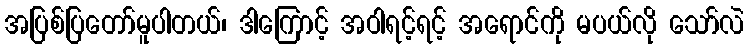
အပြစ်ပြတော်မူပါတယ်၊ ဒါကြောင့် အဝါရင့်ရင့် အရောင်ကို မပယ်လို သော်လဲ